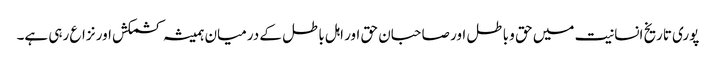
پوری تاریخ انسانیت میں حق و باطل اور صاحبان حق اور اہل باطل کے درمیان ہمیشہ کشمکش اور نزاع رہی ہے۔